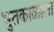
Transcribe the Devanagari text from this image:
भुतकाळाला